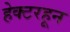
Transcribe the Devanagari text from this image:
हेक्टरहून